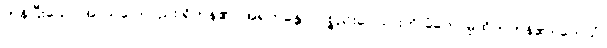
ကုန်ပြီးသော အာသဝေါလည်း ရှိကုန်၏။ အရဟန္တော၊ ပစ္စည်းလေးပါးကို ခံတော်မူထိုက်ကုန်၏။ တေသံ၊